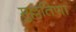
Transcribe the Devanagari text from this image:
मुल्लतिणा